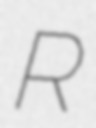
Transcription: R